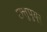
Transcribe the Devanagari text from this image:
छत्तुपुथूर्